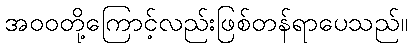
အဝဝတို့ကြောင့်လည်းဖြစ်တန်ရာပေသည်။